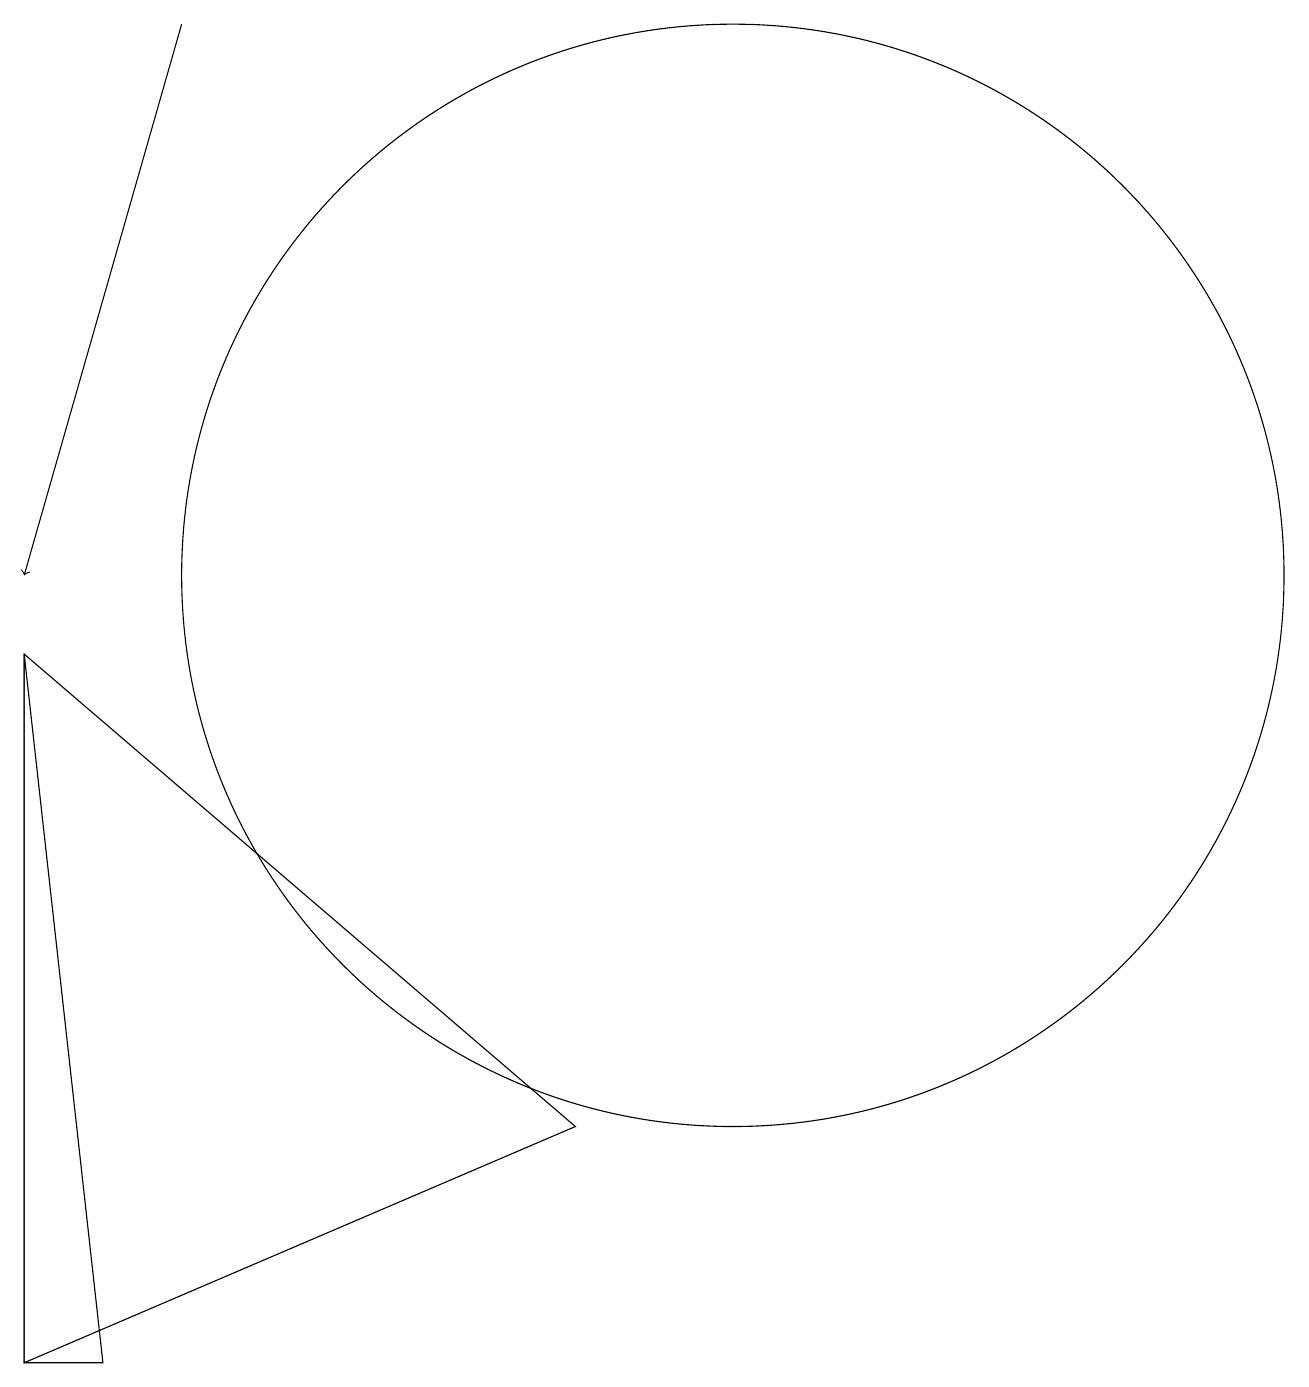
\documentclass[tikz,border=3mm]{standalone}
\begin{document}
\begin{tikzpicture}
\draw (2,0) -- (2,9) -- (3,0) -- cycle;
\draw (11,10) circle (7);
\draw (9,3) -- (2,0) -- (2,9) -- cycle;
\draw (11,12) circle (0);
\draw[->] (4,17) -- (2,10);
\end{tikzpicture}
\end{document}